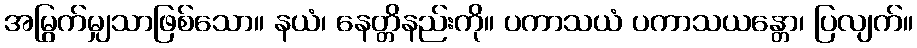
အမြွက်မျှသာဖြစ်သော။ နယံ၊ နေတ္တိနည်းကို။ ပကာသယံ ပကာသယန္တော၊ ပြလျက်။